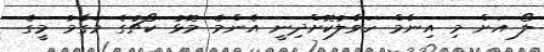
ލޯ އަށް މި އިނާމް ހަވާލުކޮށްދިނީ އެންމެ މޮޅު ކޯޗުގެ މަގާމު މީގެ